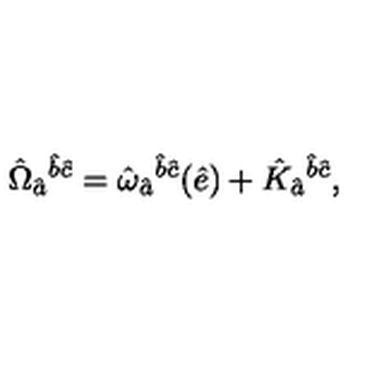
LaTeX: \hat { \Omega } _ { \hat { a } } { } ^ { \hat { b } \hat { c } } = \hat { \omega } _ { \hat { a } } { } ^ { \hat { b } \hat { c } } ( \hat { e } ) + \hat { K } _ { \hat { a } } { } ^ { \hat { b } \hat { c } } ,